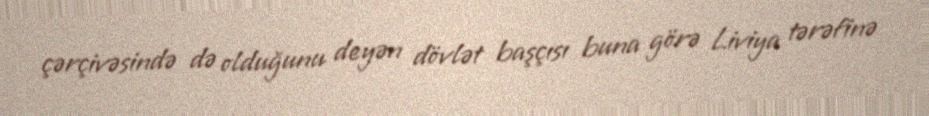
çərçivəsində də olduğunu deyən dövlət başçısı buna görə Liviya tərəfinə